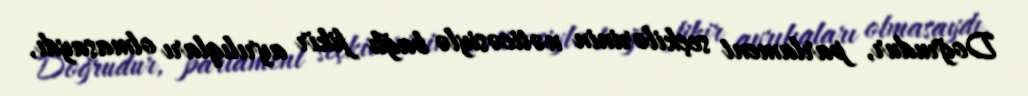
Doğrudur, parlament seçkilərinin nəticəsiylə bağlı fikir ayrılıqları olmasaydı,